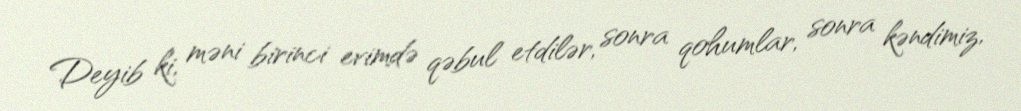
Deyib ki, məni birinci evimdə qəbul etdilər, sonra qohumlar, sonra kəndimiz,